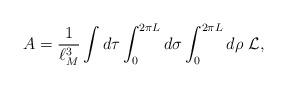
LaTeX: \begin{align*}A = {1\over \ell_M^3}\int d\tau \int_0^{2\pi L}d\sigma \int_0^{2\pi L} d\rho \, \, {\cal L},\end{align*}